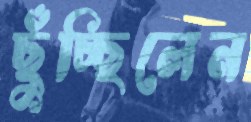
ছুঁচ্ছিলেন